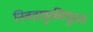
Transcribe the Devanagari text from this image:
निवडणुकीपुरतं